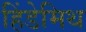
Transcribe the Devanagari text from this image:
हिंडेमिथ